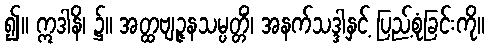
၍။ ဣဒါနိ၊ ၌။ အတ္ထဗျဉ္ဇနသမ္ပတ္တိံ၊ အနက်သဒ္ဒါနှင့် ပြည့်စုံခြင်းကို။